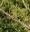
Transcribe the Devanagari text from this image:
शेयर्स्